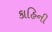
કાહિની